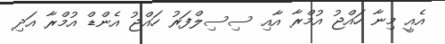
އެއީ މިނާ ހައްޖު އުމްރާ އާއި ސިސިލްފަރު ހައްޖު އެންޑް އުމްރާ އަދި